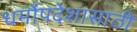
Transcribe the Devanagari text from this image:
धर्मोपदेशासाठी